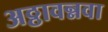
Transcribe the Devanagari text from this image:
अठ्ठावन्नवा